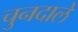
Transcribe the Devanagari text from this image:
चुनदाले